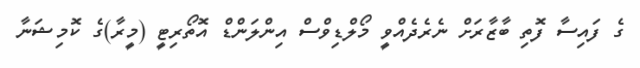
ގެ ފައިސާ ފޮތި ބާޒާރަށް ނެރެދެއްވީ މޯލްޑިވްސް އިންލަންޑް އޮތޯރިޓީ (މީރާ)ގެ ކޮމިޝަނާ